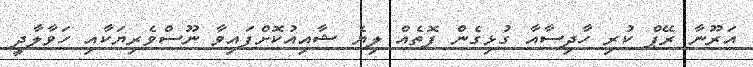
އަރޫނާ ރޭޕް ކުރި ހާދިސާއާ ގުޅިގެން ފޮތެއް ލިޔެ ޝާއިއުކޮށްފައިވާ ނޫސްވެރިޔަކާއި ހަވާލާދީ